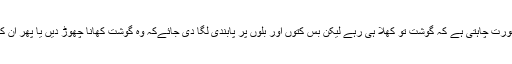
مگر آج کی آزاد خیال عورت چاہتی ہے کہ گوشت تو کھلا ہی رہے لیکن بس کتوں اور بلوں پر پابندی لگا دی جائےکہ وہ گوشت کھانا چھوڑ دیں یا پھر ان کے منہ سی دیئے جائیں۔